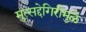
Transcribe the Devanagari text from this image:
मुत्सद्देगिरीमुळे